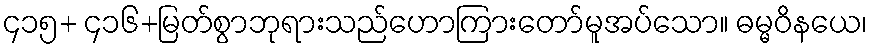
၄၁၅+ ၄၁၆+မြတ်စွာဘုရားသည်ဟောကြားတော်မူအပ်သော။ ဓမ္မဝိနယေ၊